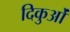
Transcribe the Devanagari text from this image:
दिकुओं